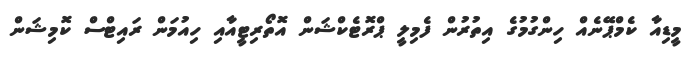
މީޑިއާ ކެމްޕޭނެއް ހިންގުމުގެ އިތުރުން ފެމިލީ ޕްރޮޓެކްޝަން އޮތޯރިޓީއާއި ހިއުމަން ރައިޓްސް ކޮމިޝަން